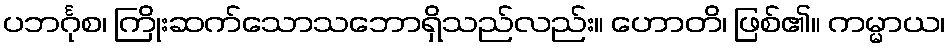
ပဘင်္ဂုစ၊ ကြိုးဆက်သောသဘောရှိသည်လည်း။ ဟောတိ၊ ဖြစ်၏။ ကမ္မာယ၊